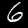
Digit: 6